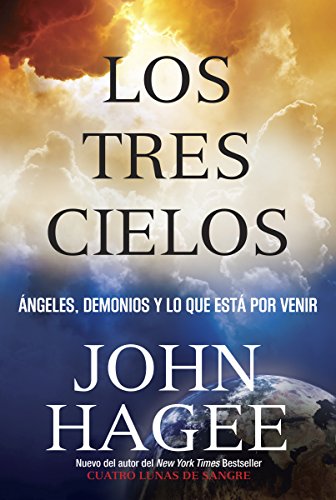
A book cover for Los Tres Cielos: No Puedes Imaginar Que Vendra (Spanish Edition); John Hagee; Christian Books & Bibles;